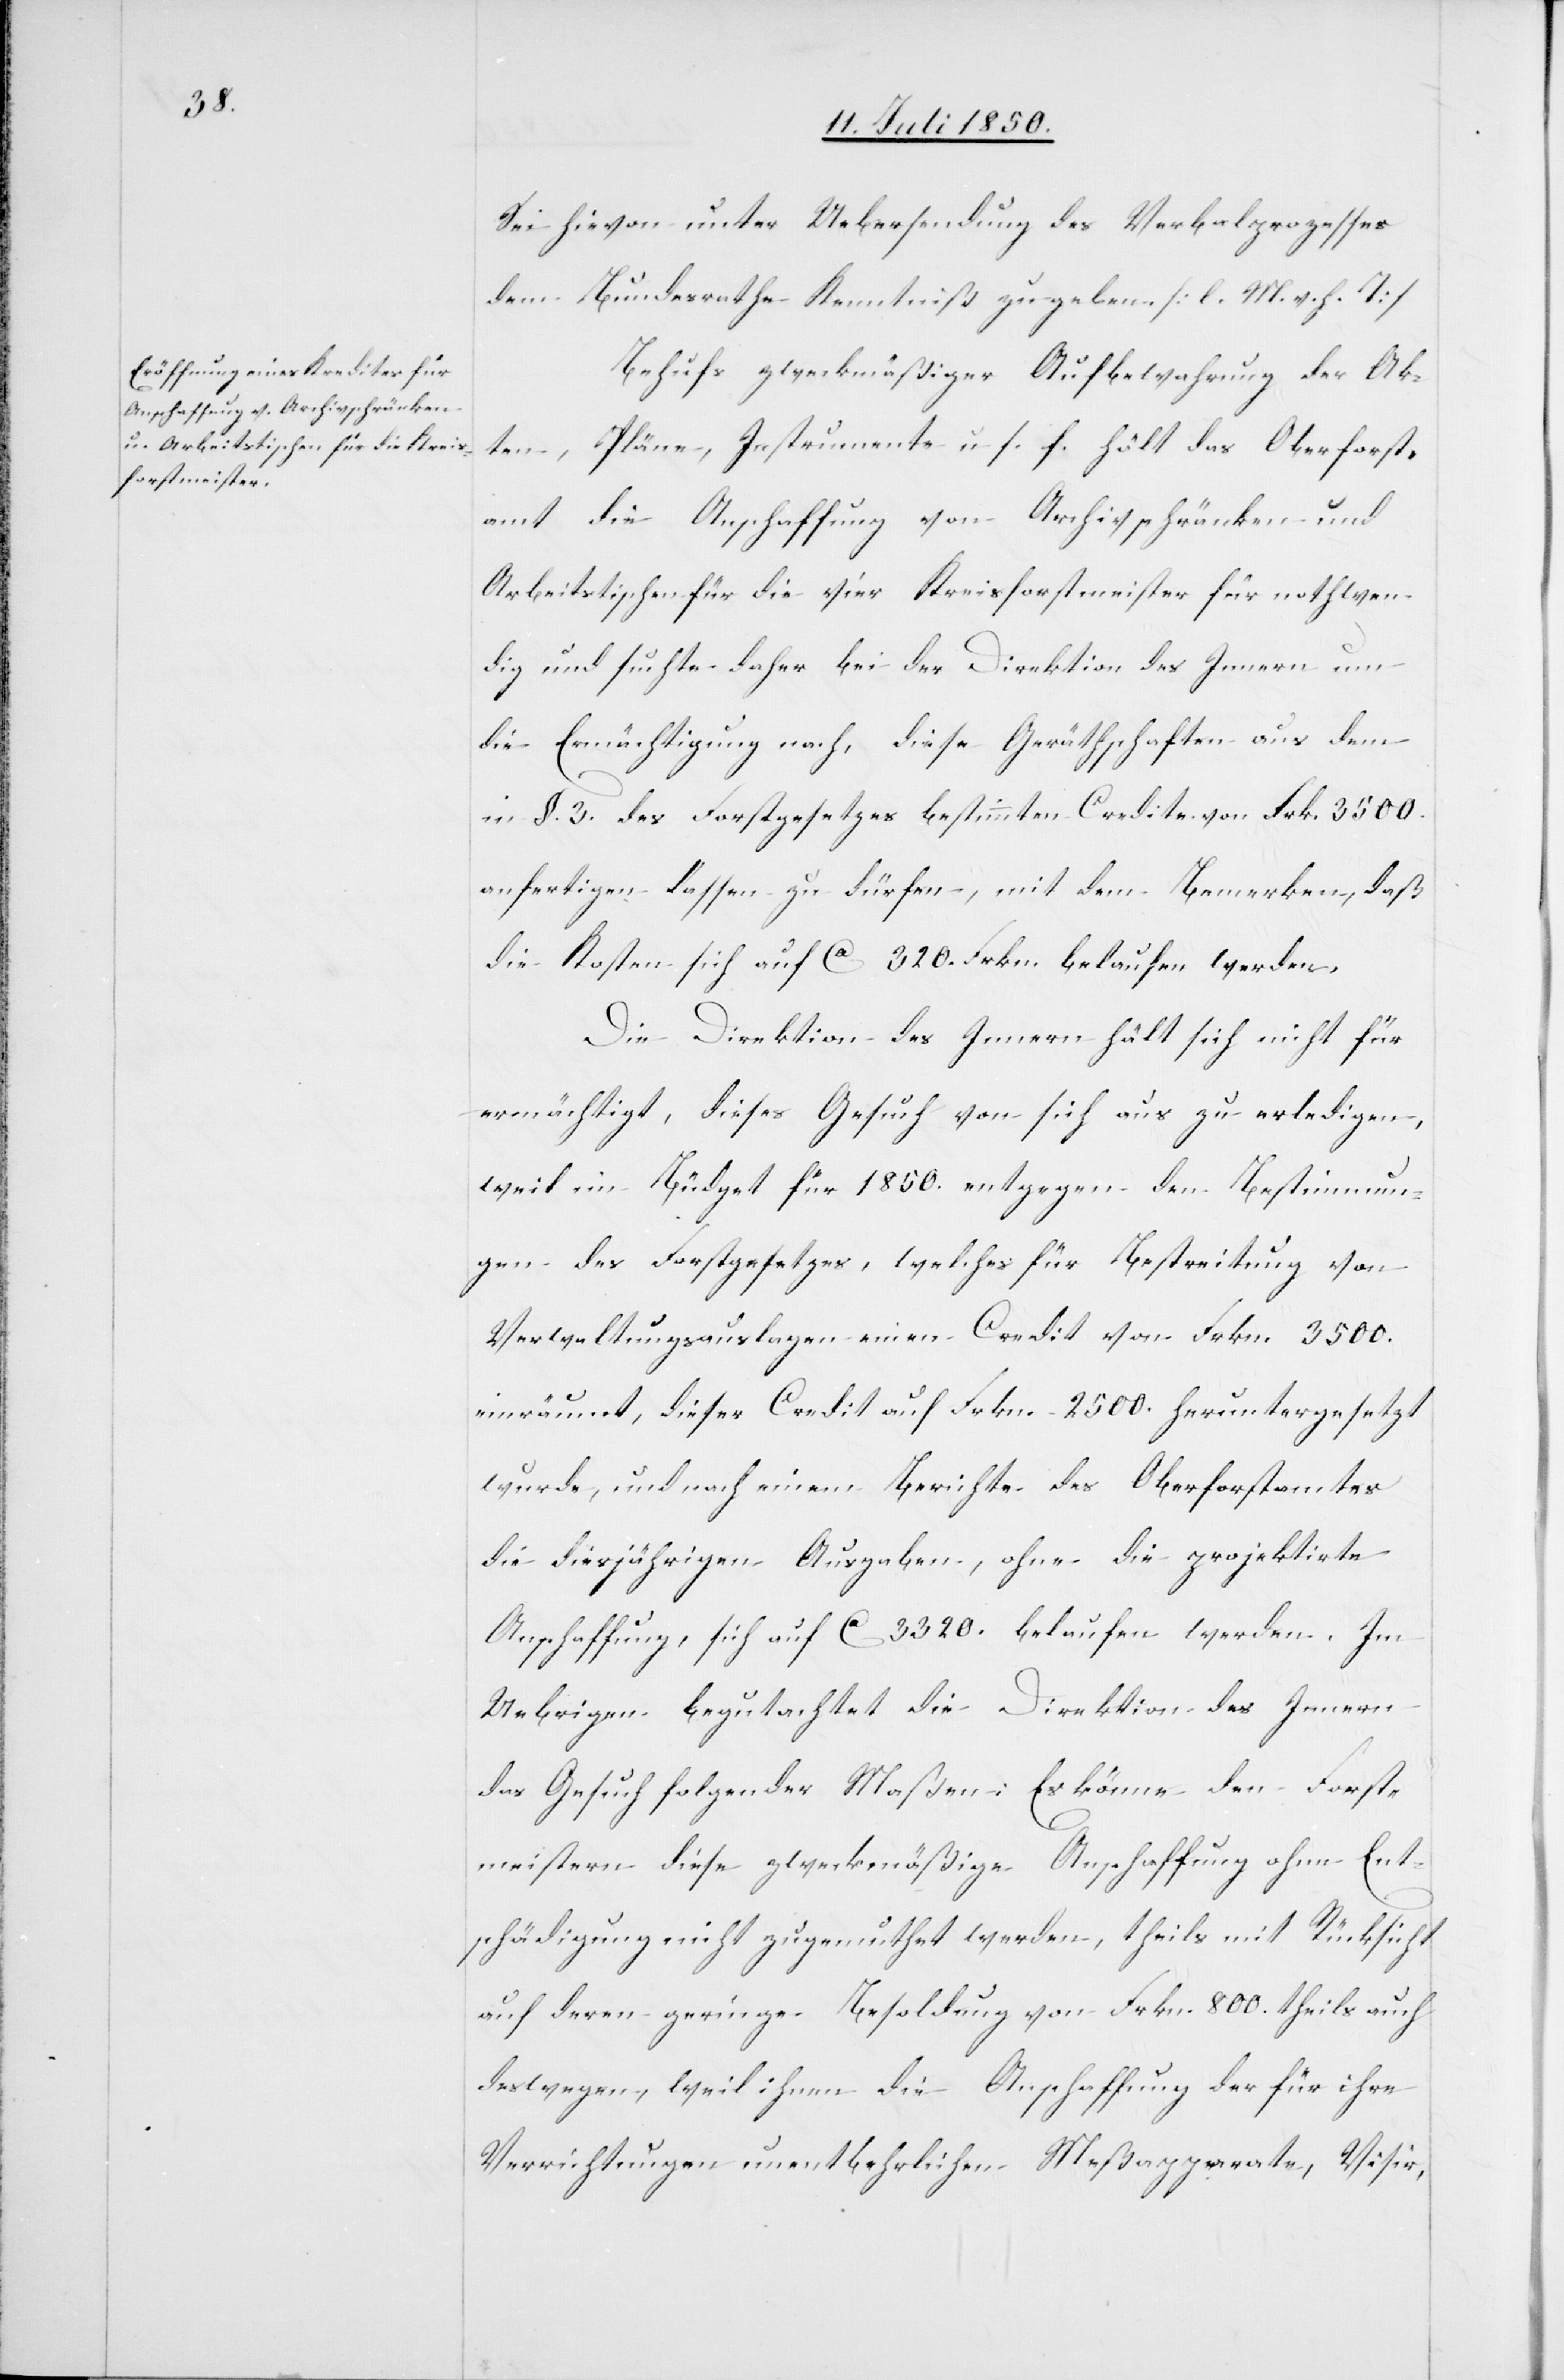
Sei hievon unter Uebersendung des Verbalprozesses
dem Bundesrathe Kenntniß zu geben. [l. M. v. h. T]
Behufs zweckmäßiger Aufbewahrung der Ak¬
ten, Pläne, Instrumente u. s. f. hält das Oberforst¬
amt die Anschaffung von Archivschränken und
Arbeitstischen für die vier Kreisforstmeister für nothwen¬
dig und suchte daher bei der Direktion des Innern um
die Ermächtigung nach, diese Geräthschaften aus dem
in §. 3. des Forstgesetzes bestimmten Credite von Frk. 3500.
anfertigen lassen zu dürfen, mit dem Bemerken, daß
die Kosten sich auf Ca 320. Frkn. belaufen werden.
Die Direktion des Innern hält sich nicht für
ermächtigt, dieses Gesuch von sich aus zu erledigen,
weil im Büdget für 1850. entgegen den Bestimmun¬
gen des Forstgesetzes, welches für Bestreitung von
Verwaltungsauslagen einen Credit von Frkn. 3500.
einräumt, dieser Credit auf Frkn. 2500. heruntergesetzt
wurde, und nach einem Berichte des Oberforstamtes
die diesjährigen Ausgaben, ohne die projektirte
Anschaffung, sich auf Ca 3320. belaufen werden. Im
Uebrigen begutachtet die Direktion des Innern
das Gesuch folgender Maßen: Es könne den Forst¬
meistern diese zweckmäßige Anschaffung ohne Ent¬
schädigung nicht zugemuthet werden, theils mit Rücksicht
auf deren geringe Besoldung von Frkn. 800. theils auch
deswegen, weil ihnen die Anschaffung der für ihre
Verrichtungen unentbehrlichen Meßapparate, Visir,